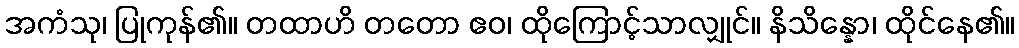
အကံသု၊ ပြုကုန်၏။ တထာဟိ တတော ဧဝ၊ ထိုကြောင့်သာလျှုင်။ နိသိန္နော၊ ထိုင်နေ၏။